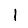
Digit: 1